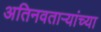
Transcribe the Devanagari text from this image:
अतिनवताऱ्यांच्या